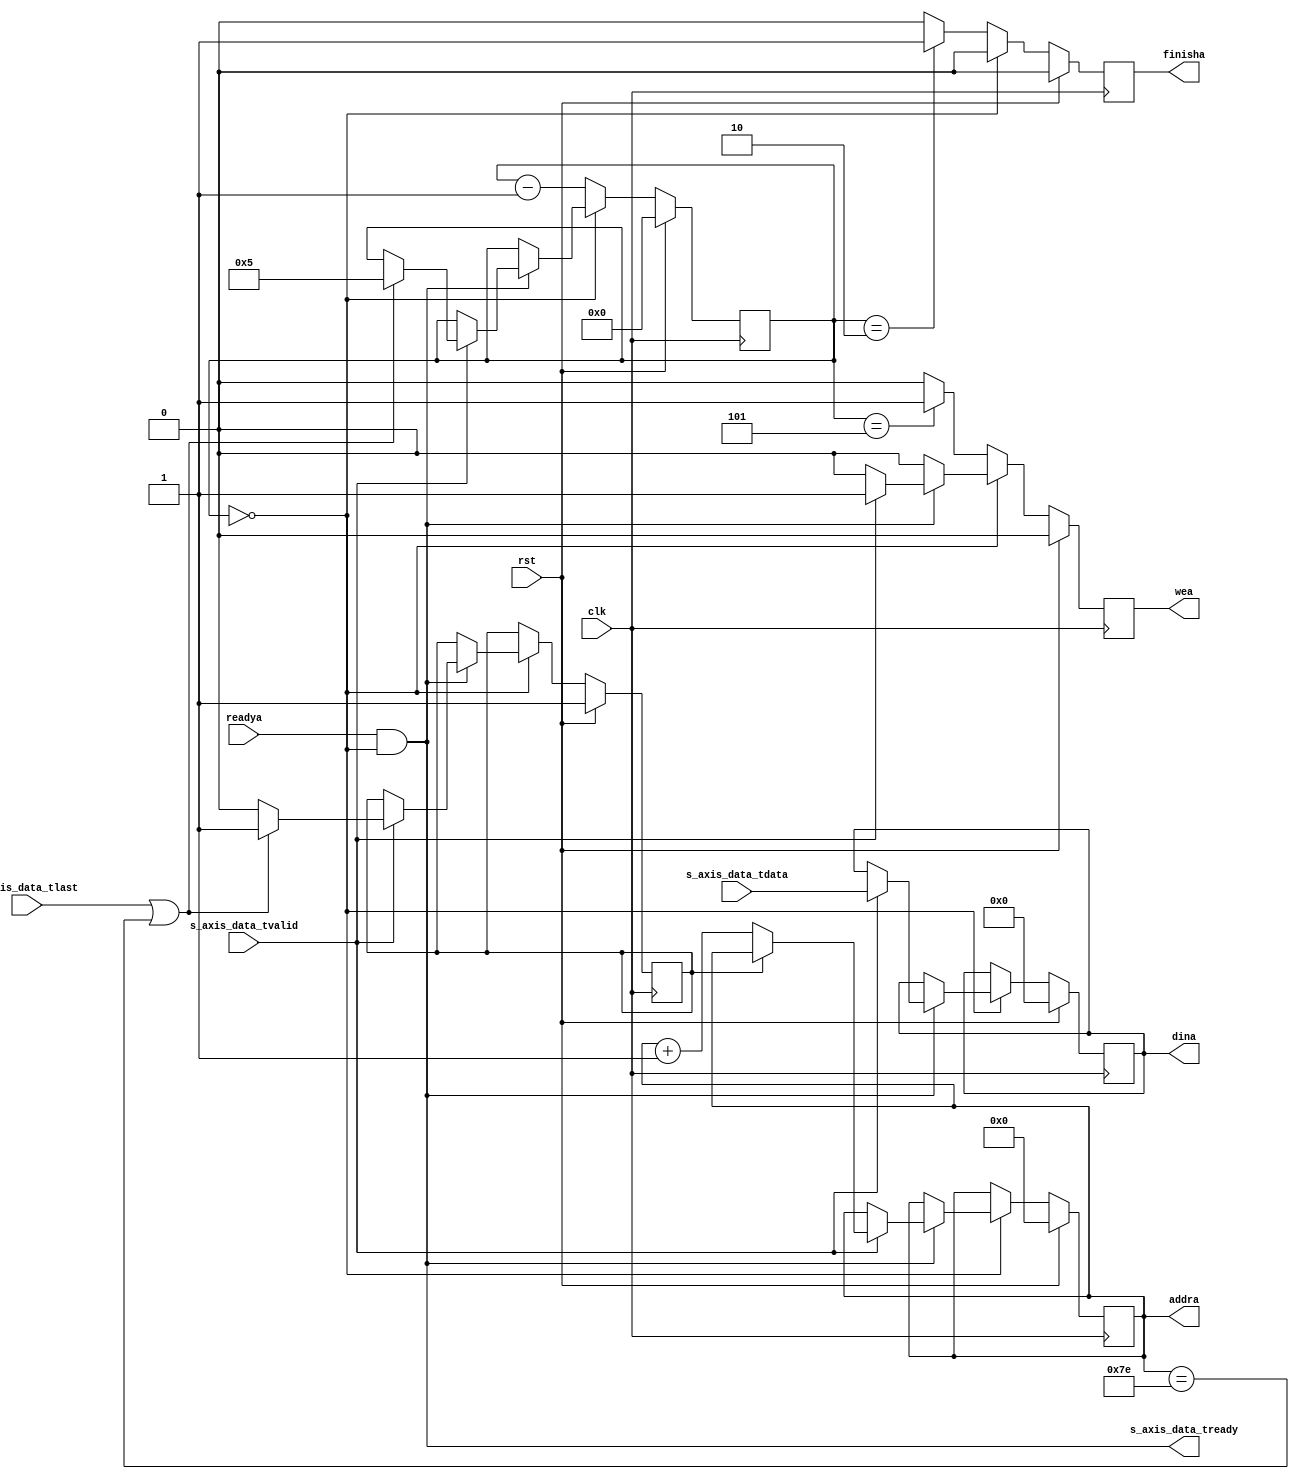
`timescale 1ns / 1ps
//////////////////////////////////////////////////////////////////////////////////
// Company: 
// Engineer: 
// 
// Design Name: 
// Module Name: AXI4_TO_PINGPONG
// Project Name: 
// Target Devices: 
// Tool Versions: 
// Description: 
// 
// Dependencies: 
// 
// Revision:
// Revision 0.01 - File Created
// Additional Comments:
// 
//////////////////////////////////////////////////////////////////////////////////


module AXI4_TO_PINGPONG #(parameter ADDRBITS=7,DATABITS=16,MEMDEPTH=128,USETLAST=0)(
        input clk,
        input rst,
        output [ADDRBITS-1:0]addra,
        output wea,
        output [DATABITS-1:0]dina,
        output finisha,
        input readya,
        input [DATABITS-1:0]s_axis_data_tdata,
        output s_axis_data_tready,
        input s_axis_data_tvalid,
        input s_axis_data_tlast
    );
    
    reg [ADDRBITS-1:0]addra_r0;
    reg wea_r0;
    reg [DATABITS-1:0]dina_r0;
    reg finisha_r0;
    reg [3:0]pingpongwaitcnt=4'd0;
    reg first=1'd1;
    //reg s_axis_data_tready_r0;
    
    assign addra=addra_r0;
    assign wea=wea_r0;
    assign dina=dina_r0;
    assign finisha=finisha_r0;
    assign s_axis_data_tready=readya&&pingpongwaitcnt==4'd0;
    always@(posedge clk)begin
        if(rst)begin
            addra_r0<=0;
            wea_r0<=1'b0;
            dina_r0<=0;
            finisha_r0<=1'b0;
            pingpongwaitcnt<=4'd0;
            first<=1'd1;
            //s_axis_data_tready_r0<=1'b0;
        end else begin
            if(pingpongwaitcnt==4'd0)begin
                if(s_axis_data_tready)begin
                    if(s_axis_data_tvalid)begin
                        wea_r0<=1'b1;
                        dina_r0<=s_axis_data_tdata;
                        if(s_axis_data_tlast || addra_r0==(MEMDEPTH-2))begin
                            pingpongwaitcnt<=4'd5;
                            first<=1'd1;
                        end else begin
                            first<=1'd0;
                        end
                        if(first==1'd0)
                            addra_r0<=addra_r0+1;
                    end else begin
                        wea_r0<=1'b0;
                    end
                end else begin
                    wea_r0<=1'b0;
                end
                finisha_r0<=1'b0;
            end else begin  //waiting
                pingpongwaitcnt<=pingpongwaitcnt-4'd1;
                if(pingpongwaitcnt==4'd5)begin
                    wea_r0<=1'b1;
                end else begin
                    wea_r0<=1'b0;
                end
                
                if(pingpongwaitcnt==4'd2)begin
                    finisha_r0<=1'b1;
                end else begin
                    finisha_r0<=1'b0;
                end
            end
        end
    end
endmodule